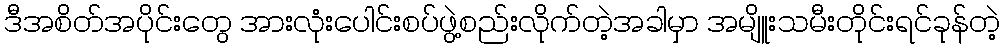
ဒီအစိတ်အပိုင်းတွေ အားလုံးပေါင်းစပ်ဖွဲ့စည်းလိုက်တဲ့အခါမှာ အမျိူးသမီးတိုင်းရင်ခုန်တဲ့